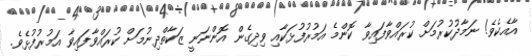
އާއެކެވެ! ނަމާދުކުރުމަށް ކުރައްވާފައިވާ ކޮންމެ އަމުރުފުޅަކާއި ވިދިގެން އޮންނަނީ ޒަކާތްދިނުމަށް ކުރައްވާފައިވާ އަމުރުފުޅެވެ.